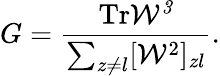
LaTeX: G=\frac{\mathrm{Tr}\mathcal{W^{3}}}{\sum_{z\neq l}[\mathcal{W}^{2}]_{zl}}.